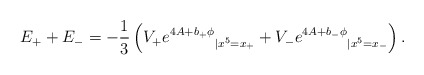
\begin{align*}E_+ + E_- =-\frac{1}{3} \left({V_+ e^{4A + b_+\phi}}_{|x^5 = x_+} + {V_-e^{4A+b_-\phi}}_{|x^5=x_-}\right) .\end{align*}